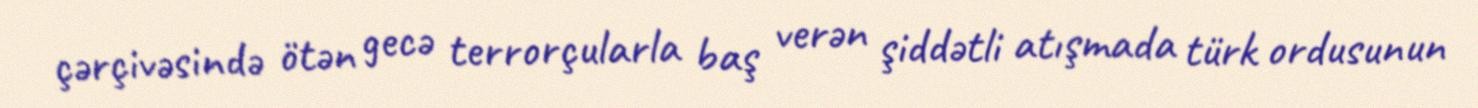
çərçivəsində ötən gecə terrorçularla baş verən şiddətli atışmada türk ordusunun